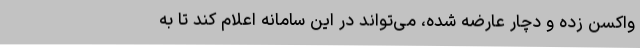
واکسن زده و دچار عارضه شده، می‌تواند در این سامانه اعلام کند تا به